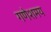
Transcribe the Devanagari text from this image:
गणेशमय